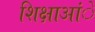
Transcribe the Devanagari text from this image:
शिक्षाआंे